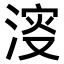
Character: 𣸈